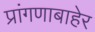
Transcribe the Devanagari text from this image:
प्रांगणाबाहेर